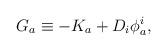
LaTeX: \begin{align*}G_{a}\equiv -K_{a}+D_{i}\phi _{a}^{i}, \end{align*}